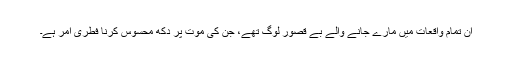
ان تمام واقعات میں مارے جانے والے بے قصور لوگ تھے، جن کی موت پر دکھ محسوس کرنا فطری امر ہے۔